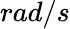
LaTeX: rad/s